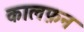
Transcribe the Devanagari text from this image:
कालफ़न